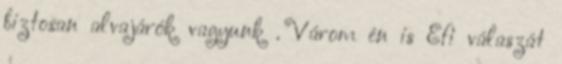
biztosan alvajárók vagyunk . Várom én is Efi válaszát